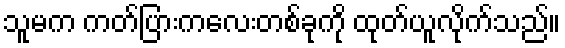
သူမက ကတ်ပြားကလေးတစ်ခုကို ထုတ်ယူလိုက်သည်။